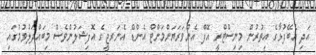
އަދި އެބޭފުޅާގެ އިތުރުން މިނިސްޓްރީ އޮފް އެންވަރަޔަންމަންޓް އެންޑް އެނަރޖީގެ އޮފިޝަލުންވެސް މިބައްދަލުވުމުގައި